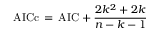
\mathrm { A I C c } \, = \, \mathrm { A I C } + { \frac { 2 k ^ { 2 } + 2 k } { n - k - 1 } }